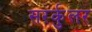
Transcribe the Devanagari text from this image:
सरर्कुलर